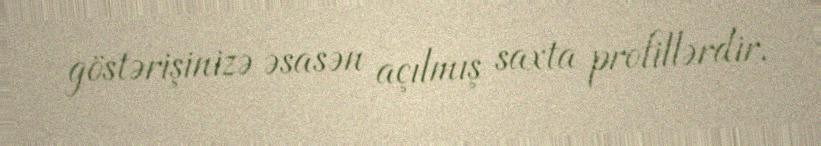
göstərişinizə əsasən açılmış saxta profillərdir.